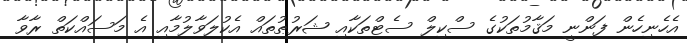
އެހެނިހެން ފަންނީ މަޤާމުތަކުގެ ސްކިލް ސެޓްތަކާއި ޝަރުޠުތައް އެކުލަވާލުމާއި އެ މަސައްކަތް ރާވާ